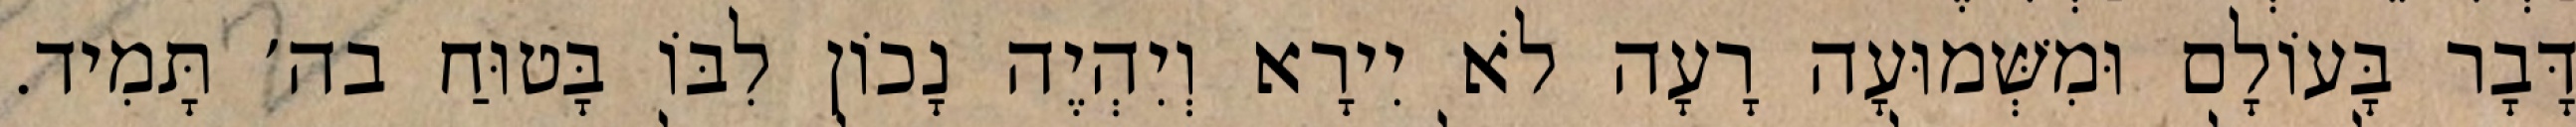
דָּבָר בָּעוֹלָם וּמִשְּׁמוּעָה רָעָה לֹא יִירָא וְיִהְיֶה נָכוֹן לִבּוֹ בָּטוּחַ בה׳ תָּמִיד.